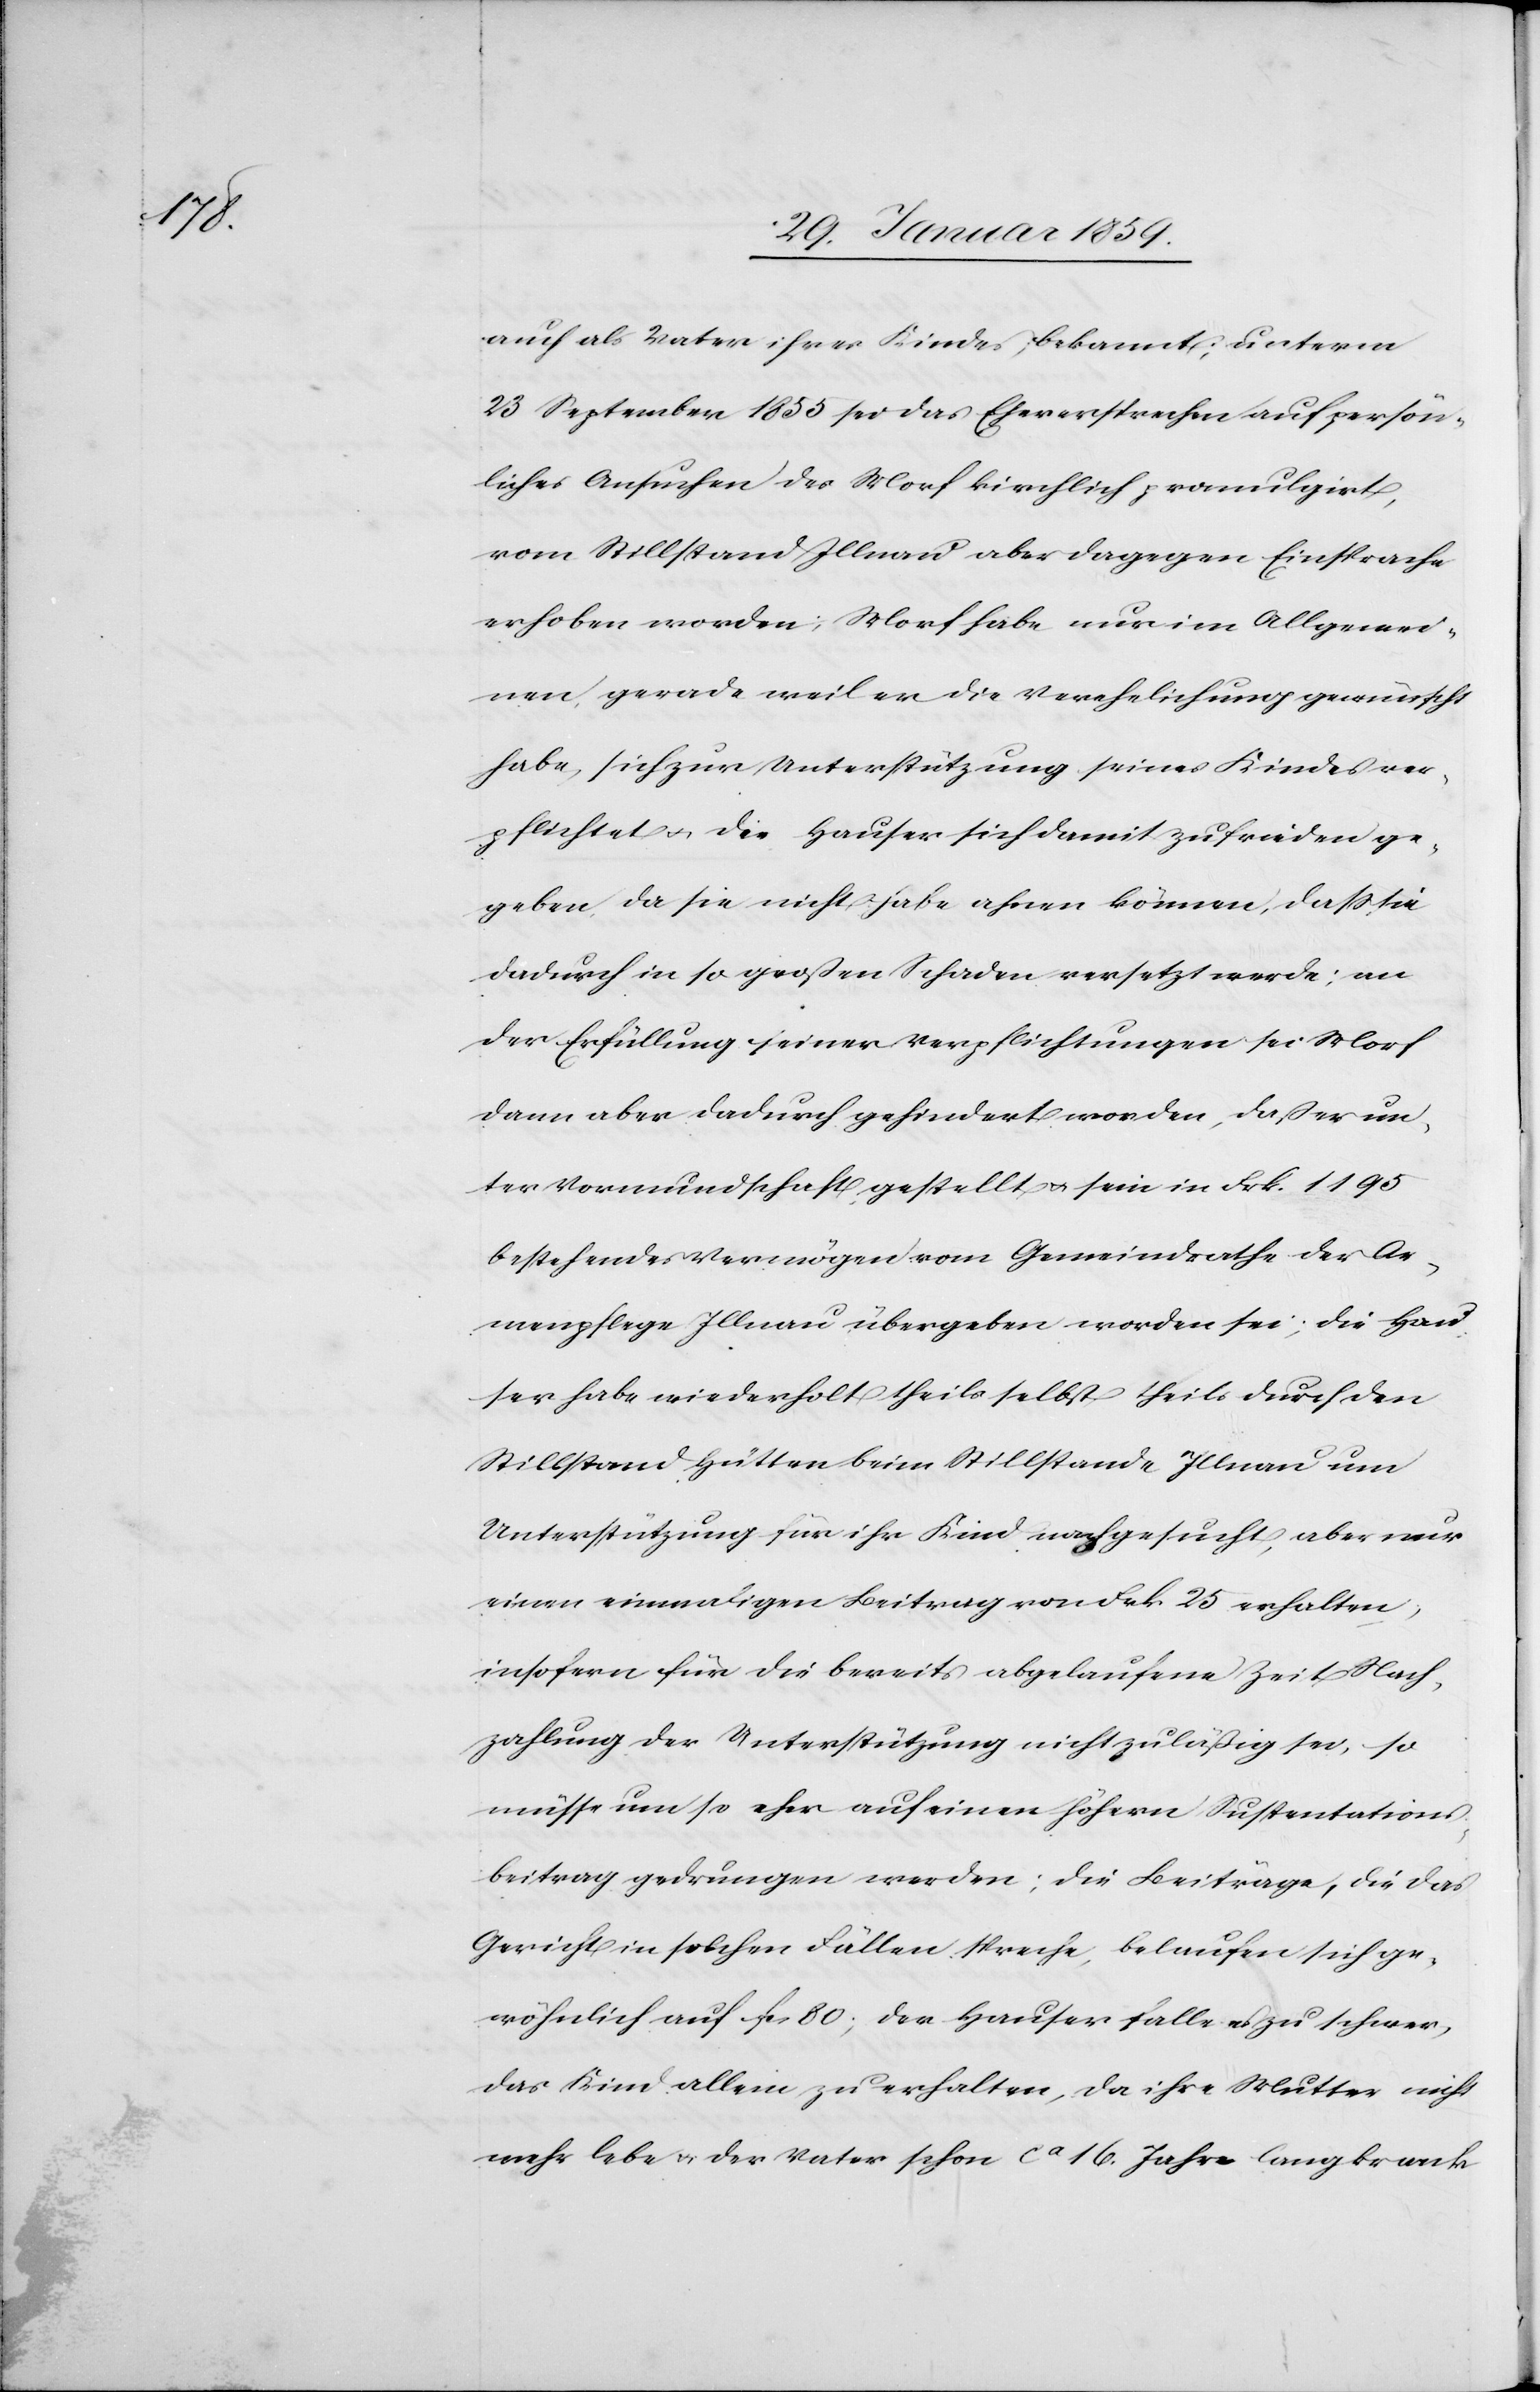
auch als Vater ihres Kindes bekannt; unterm
23 September 1855 sei das Eheversprechen auf persön¬
liches Ansuchen des Morf kirchlich promulgirt,
vom Stillstand Illnau aber dagegen Einsprache
erhoben worden; Morf habe nur im Allgemei¬
nen, gerade weil er die Verehelichung gewünscht
habe, sich zur Unterstützung seines Kindes ver¬
pflichtet u. die Hauser sich damit zufrieden ge¬
geben, da sie nicht habe ahnen können, daß sie
dadurch in so großen Schaden versetzt werde; an
der Erfüllung seiner Verpflichtungen sei Morf
dann aber dadurch gehindert worden, daß er un¬
ter Vormundschaft gestellt u. sein in Frk. 1195
bestehendes Vermögen vom Gemeindrathe der Ar¬
menpflege Illnau übergeben worden sei; die Hau¬
ser habe wiederholt theils selbst theils durch den
Stillstand Hütten beim Stillstande Illnau um
Unterstützung für ihr Kind nachgesucht, aber nur
einen einmaligen Beitrag von Frk. 25 erhalten;
insofern für die bereits abgelaufene Zeit Nach¬
zahlung der Unterstützung nicht zuläßig sei, so
müsse um so eher auf einen höhern Sustentations¬
beitrag gedrungen werden; die Beiträge, die das
Gericht in solchen Fällen spreche, belaufen sich ge¬
wöhnlich auf fcs 80; der Hauser falle es zu schwer,
das Kind allein zu erhalten, da ihre Mutter nicht
mehr lebe u. der Vater schon ca 16 Jahre lang krank